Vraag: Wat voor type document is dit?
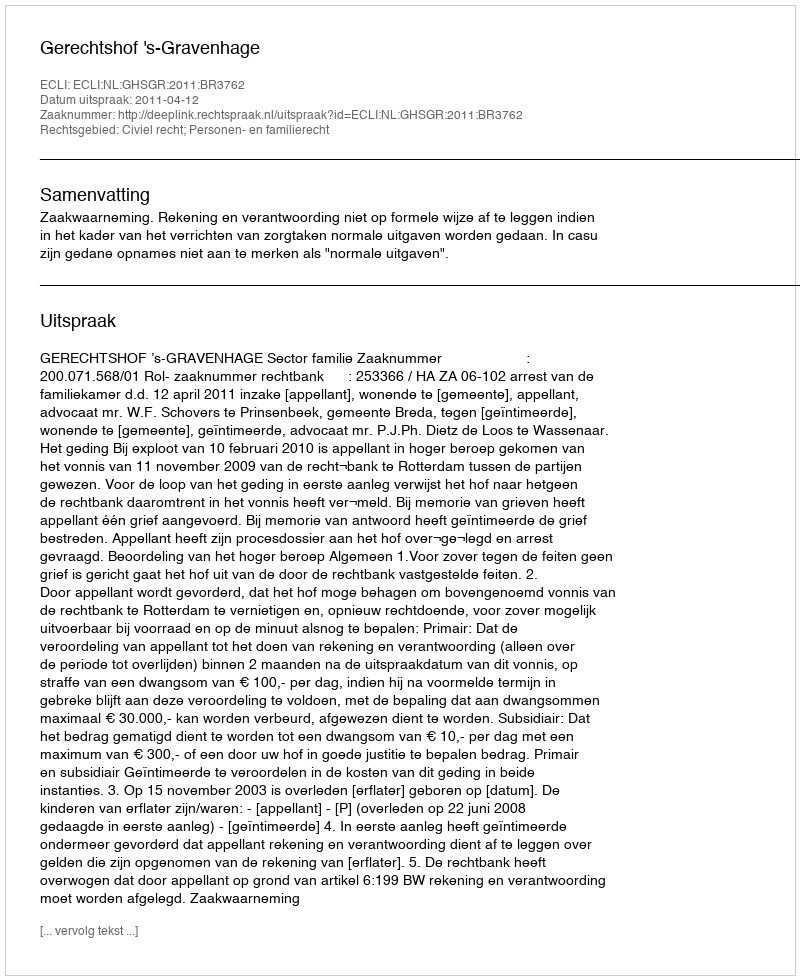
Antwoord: Uitspraak